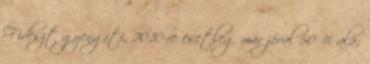
Fideszt gyengíti, 2010-re esetleg már jóval 50 % alá;